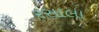
રસાલા